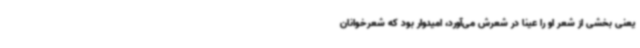
یعنی بخشی از شعر او را عینا در شعرش می‌آورد، امیدوار بود که شعرخوانان